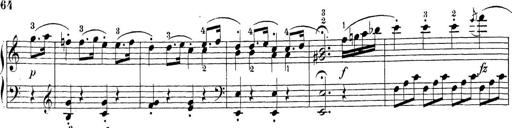
Title: Sonatina Album
Composer: Louis KÃ¶hler